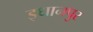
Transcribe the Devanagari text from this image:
इधानपुर